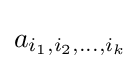
a_{i_{1},i_{2},...,i_{k}}